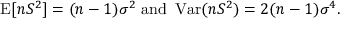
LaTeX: \operatorname { E } [ n S ^ { 2 } ] = ( n - 1 ) \sigma ^ { 2 } { \mathrm { ~ a n d ~ } } \operatorname { V a r } ( n S ^ { 2 } ) = 2 ( n - 1 ) \sigma ^ { 4 } .